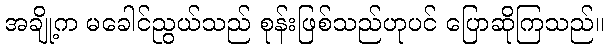
အချို့က မခေါင်ညွယ်သည် စုန်းဖြစ်သည်ဟုပင် ပြောဆိုကြသည်။